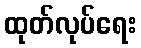
ထုတ်လုပ်ရေး